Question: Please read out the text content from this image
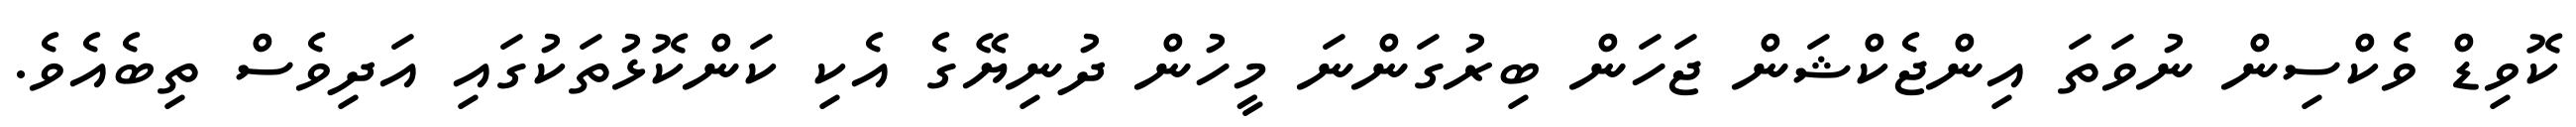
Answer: ކޮވިޑް ވެކްސިން ނުވަތަ އިންޖެކްޝަން ޖަހަން ބިރުގަންނަ މީހުން ދުނިޔޭގެ އެކި ކަންކޮޅުތަކުގައި އަދިވެސް ތިބެއެވެ.